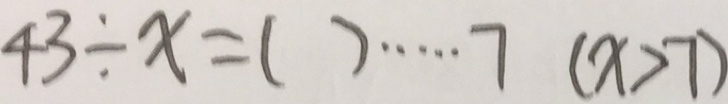
4 3 \div x = ( ) \cdots 7 ( x > 7 )